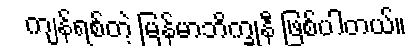
ကျန်ရစ်တဲ့ မြန်မာဘိက္ခုနီ ဖြစ်ပါတယ်။